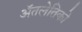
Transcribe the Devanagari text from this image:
ॲतलेतिको